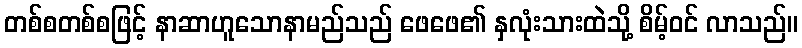
တစ်စတစ်စဖြင့် နာဆာဟူသောနာမည်သည် ဖေဖေ၏ နှလုံးသားထဲသို့ စိမ့်ဝင် လာသည်။